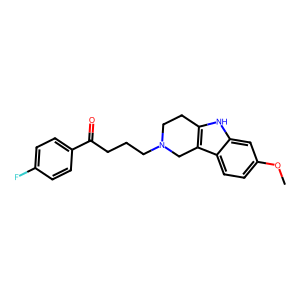
SMILES: COc1ccc2c3c([nH]c2c1)CCN(CCCC(=O)c1ccc(F)cc1)C3
Inhibits HIV replication: No